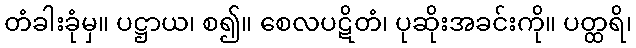
တံခါးခုံမှ။ ပဋ္ဌာယ၊ စ၍။ စေလပဋိတံ၊ ပုဆိုးအခင်းကို။ ပတ္ထရိ၊